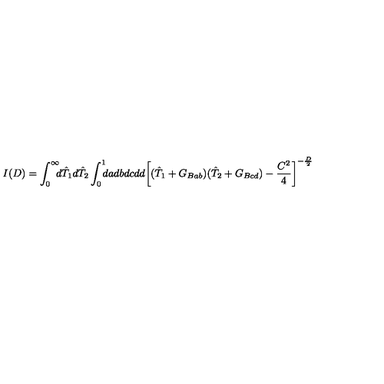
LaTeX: I ( D ) = \int _ { 0 } ^ { \infty } \! \! \! d \hat { T } _ { 1 } d \hat { T } _ { 2 } \int _ { 0 } ^ { 1 } \! \! \! d a d b d c d d { \biggl [ ( \hat { T } _ { 1 } + G _ { B a b } ) ( \hat { T } _ { 2 } + G _ { B c d } ) - { \frac { C ^ { 2 } } { 4 } } \biggr ] } ^ { - { \frac { D } { 2 } } }